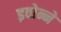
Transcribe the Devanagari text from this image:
इवोन्ने